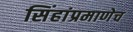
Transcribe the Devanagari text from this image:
सिंहांप्रमाणेच